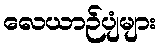
လေယာဉ်ပျံများ